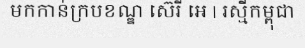
មកកាន់ក្របខណ្ឌ ស៊េរី អេ | រស្មីកម្ពុជា